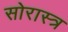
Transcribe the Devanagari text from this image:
सोरास्त्र